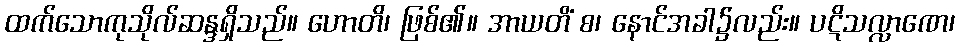
ထက်သောကုသိုလ်ဆန္ဒရှိသည်။ ဟောတိ၊ ဖြစ်၏။ အာယတိံ စ၊ နောင်အခါ၌လည်း။ ပဋိသလ္လာဏေ၊